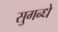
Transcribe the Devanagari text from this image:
सुगन्धे